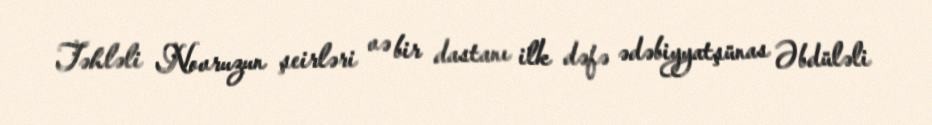
Təhləli Novruzun şeirləri və bir dastanı ilk dəfə ədəbiyyatşünas Əbdüləli